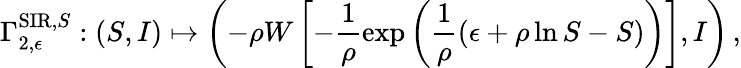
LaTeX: \Gamma_{2,\epsilon}^{\mathrm{SIR},S}:(S,I)\mapsto\left(-\rho W\left[-\frac{1}{\rho}\exp\left(\frac{1}{\rho}\left(\epsilon+\rho\ln S-S\right)\right)\right],I\right)\, ,